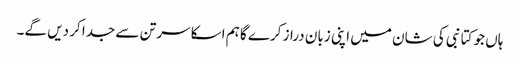
ہاں جو کتا نبی کی شان میں اپنی زبان دراز کرے گا ہم اسکا سر تن سے جدا کر دیں گے۔